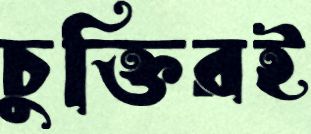
চুক্তিরই